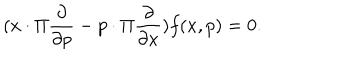
LaTeX: ( x \cdot \Pi \frac { \partial } { \partial p } - p \cdot \Pi \frac { \partial } { \partial x } ) f ( x , p ) = 0 .